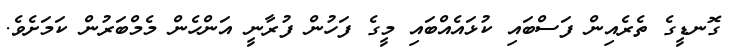
ގޮނޑީގެ ތެރެއިން ފަސްބައި ކުޅައެއްބައި މީގެ ފަހުން ފުރާނީ އަންހެން މެމްބަރުން ކަމަށެވެ.